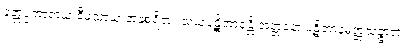
ဝုတ္တပ္ပကာရာယ ဝီမံသာယ အနုစရိတံ။ သယံပဋိဘာနန္တိ အတ္တနော ပဋိဘာနမတ္တသဉ္ဇာတံ။